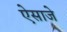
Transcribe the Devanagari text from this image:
ऐसाजे